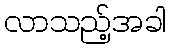
လာသည့်အခါ